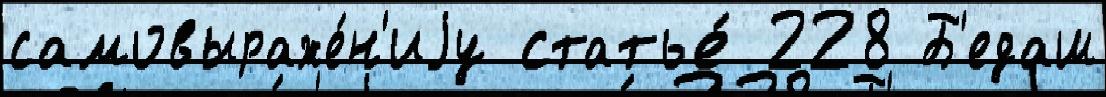
самовыраже́н'иjу статье́ 228 Б'едаш